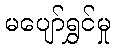
မပျော်ရွှင်မှု